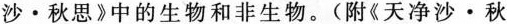
沙·秋思》中的生物和非生物。(附《天净沙·秋